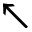
\nwarrow